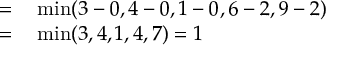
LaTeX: \begin{array} { r l } { = } & { { } \operatorname* { m i n } ( 3 - 0 , 4 - 0 , 1 - 0 , 6 - 2 , 9 - 2 ) } \\ { = } & { { } \operatorname* { m i n } ( 3 , 4 , 1 , 4 , 7 ) = 1 } \end{array}